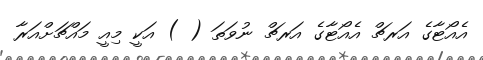
އެއޯޓާގެ އަރޗް އެއޯޓާގެ އަރޗް ނުވަތަ ( ) އަކީ މިއީ މައްޗަށްއަރާ